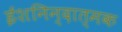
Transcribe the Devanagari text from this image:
ईशनिन्दात्मक